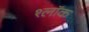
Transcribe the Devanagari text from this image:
श्लॉक